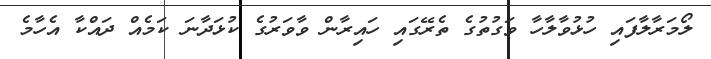
ލޯމަރާލާފައި ހުޅުވާލާހާ ވަގުތުގެ ތެރޭގައި ހައިރާން ވާވަރުގެ ކުޅަދާނަ ކަމެއް ދައްކާ އެހާމެ